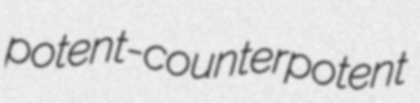
potent-counterpotent